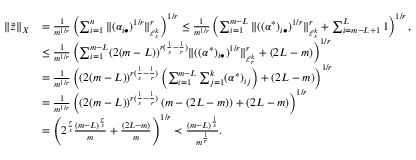
\begin{array} { r l } { \| \tilde { z } \| _ { X } } & { = \frac 1 { m ^ { 1 / r } } \left( \sum _ { i = 1 } ^ { n } \| ( \alpha _ { i \bullet } ) ^ { 1 / r } \| _ { \ell _ { s } ^ { k } } ^ { r } \right) ^ { 1 / r } \le \frac 1 { m ^ { 1 / r } } \left( \sum _ { i = 1 } ^ { m - L } \| ( ( \alpha ^ { * } ) _ { i \bullet } ) ^ { 1 / r } \| _ { \ell _ { s } ^ { k } } ^ { r } + \sum _ { i = m - L + 1 } ^ { L } 1 \right) ^ { 1 / r } , } \\ & { \le \frac 1 { m ^ { 1 / r } } \left( \sum _ { i = 1 } ^ { m - L } ( 2 ( m - L ) ) ^ { r ( \frac 1 { s } - \frac 1 { r } ) } \| ( ( \alpha ^ { * } ) _ { i \bullet } ) ^ { 1 / r } \| _ { \ell _ { r } ^ { k } } ^ { r } + ( 2 L - m ) \right) ^ { 1 / r } } \\ & { = \frac 1 { m ^ { 1 / r } } \left( ( 2 ( m - L ) ) ^ { r ( \frac 1 { s } - \frac 1 { r } ) } \left( \sum _ { i = 1 } ^ { m - L } \sum _ { j = 1 } ^ { k } ( \alpha ^ { * } ) _ { i j } \right) + ( 2 L - m ) \right) ^ { 1 / r } } \\ & { = \frac 1 { m ^ { 1 / r } } \left( ( 2 ( m - L ) ) ^ { r ( \frac 1 { s } - \frac 1 { r } ) } \left( m - ( 2 L - m ) \right) + ( 2 L - m ) \right) ^ { 1 / r } } \\ & { = \left( 2 ^ { \frac { r } { s } } \frac { ( m - L ) ^ { \frac { r } { s } } } { m } + \frac { ( 2 L - m ) } { m } \right) ^ { 1 / r } \prec \frac { ( m - L ) ^ { \frac 1 { s } } } { m ^ { \frac 1 { r } } } . } \end{array}